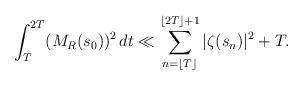
LaTeX: \begin{align*} \int_T^{2T} (M_{R}(s_0))^2 \, dt \ll \sum_{n=\lfloor T \rfloor}^{\lfloor 2T \rfloor+1} |\zeta(s_n)|^2+T.\end{align*}